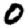
Digit: 0